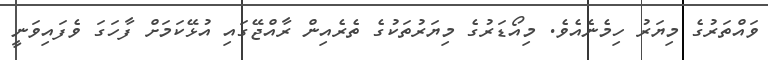
ވައްތަރުގެ މިޔަރު ހިމެނެއެވެ. މިއޯޑަރުގެ މިޔަރުތަކުގެ ތެރެއިން ރާއްޖޭގައި އުޅޭކަމަށް ފާހަގަ ވެފައިވަނީ